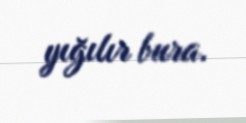
yığılır bura.